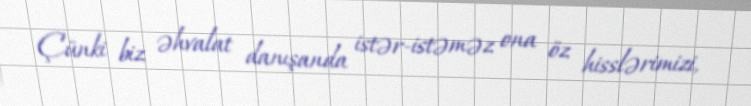
Çünki biz əhvalat danışanda istər-istəməz ona öz hisslərimizi,